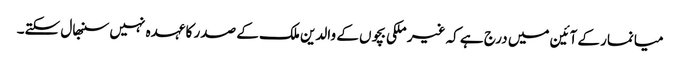
میانمار کے آئین میں درج ہے کہ غیر ملکی بچوں کے والدین ملک کے صدر کا عہدہ نہیں سنبھال سکتے۔